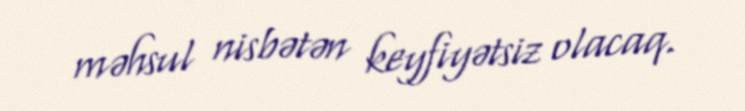
məhsul nisbətən keyfiyətsiz olacaq.